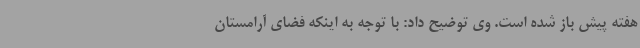
هفته پیش باز شده است. وی توضیح داد: با توجه به اینکه فضای آرامستان